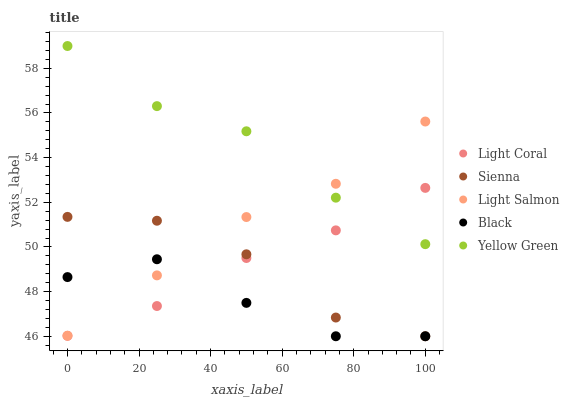
| xaxis_label | Light Coral | Sienna | Light Salmon | Black | Yellow Green |
 | --- | --- | --- | --- | --- | --- |
 | 0 | 46 | 51.3 | 46 | 48.7 | 59 |
 | 25 | 47.4 | 51.2 | 48.7 | 49.4 | 56.3 |
 | 50 | 49.5 | 49.7 | 51.3 | 47.5 | 55.2 |
 | 75 | 50.7 | 46.8 | 52.8 | 46 | 52.2 |
 | 100 | 52.6 | 46 | 55.6 | 46 | 50.1 |